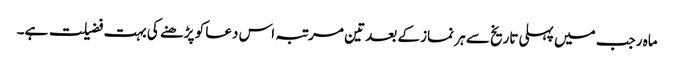
ماہ رجب میں پہلی تاریخ سے ہر نماز کے بعد تین مرتبہ اس دعا کو پڑھنے کی بہت فضیلت ہے۔